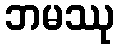
ဘမဿု